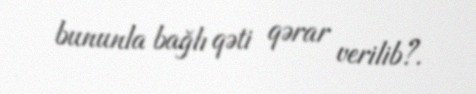
bununla bağlı qəti qərar verilib?.